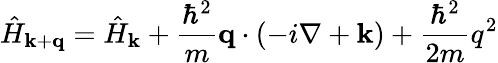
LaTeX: {\hat{H}}_{\mathbf{k}+\mathbf{q}}={\hat{H}}_{\mathbf{k}}+{\frac{\hbar^{2}}{m}}\mathbf{q}\cdot(-i\nabla+\mathbf{k})+{\frac{\hbar^{2}}{2m}}q^{2}